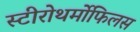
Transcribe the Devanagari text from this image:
स्टीरोथर्मोफिलस